Indian journal of veterinary science and animal husbandry - Volume 10,
Year: 1940
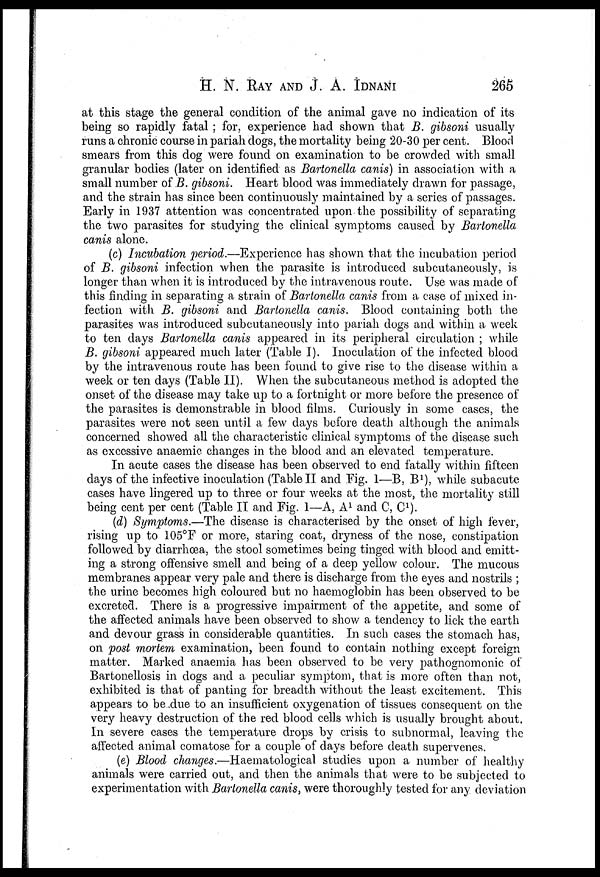
H. N. RAY AND J. A. IDNANI 265
at this stage the general condition of the animal gave no indication of its
being so rapidly fatal ; for, experience had shown that B. gibsoni usually
runs a chronic course in pariah dogs, the mortality being 20-30 per cent. Blood
smears from this dog were found on examination to be crowded with small
granular bodies (later on identified as Bartonella canis) in association with a
small number of B. gibsoni. Heart blood was immediately drawn for passage,
and the strain has since been continuously maintained by a series of passages.
Early in 1937 attention was concentrated upon the possibility of separating
the two parasites for studying the clinical symptoms caused by Bartonella
canis alone.
(c) Incubation period.—Experience has shown that the incubation period
of B. gibsoni infection when the parasite is introduced subcutaneously, is
longer than when it is introduced by the intravenous route. Use was made of
this finding in separating a strain of Bartonella canis from a case of mixed in-
fection with B. gibsoni and Bartonella canis. Blood containing both the
parasites was introduced subcutaneously into pariah dogs and within a week
to ten days Bartonella canis appeared in its peripheral circulation ; while
B. gibsoni appeared much later (Table I). Inoculation of the infected blood
by the intravenous route has been found to give rise to the disease within a
week or ten days (Table II). When the subcutaneous method is adopted the
onset of the disease may take up to a fortnight or more before the presence of
the parasites is demonstrable in blood films. Curiously in some cases, the
parasites were not seen until a few days before death although the animals
concerned showed all the characteristic clinical symptoms of the disease such
as excessive anaemic changes in the blood and an elevated temperature.
In acute cases the disease has been observed to end fatally within fifteen
days of the infective inoculation (Table II and Fig. 1—B, B 1 ), while subacute
cases have lingered up to three or four weeks at the most, the mortality still
being cent per cent (Table II and Fig. 1—A, A 1 and C, C 1 ).
(d) Symptoms.—The disease is characterised by the onset of high fever,
rising up to 105°F or more, staring coat, dryness of the nose, constipation
followed by diarrhœa, the stool sometimes being tinged with blood and emitt-
ing a strong offensive smell and being of a deep yellow colour. The mucous
membranes appear very pale and there is discharge from the eyes and nostrils ;
the urine becomes high coloured but no haemoglobin has been observed to be
excreted. There is a progressive impairment of the appetite, and some of
the affected animals have been observed to show a tendency to lick the earth
and devour grass in considerable quantities. In such cases the stomach has,
on post mortem examination, been found to contain nothing except foreign
matter. Marked anaemia has been observed to be very pathognomonic of
Bartonellosis in dogs and a peculiar symptom, that is more often than not,
exhibited is that of panting for breadth without the least excitement. This
appears to be due to an insufficient oxygenation of tissues consequent on the
very heavy destruction of the red blood cells which is usually brought about.
In severe cases the temperature drops by crisis to subnormal, leaving the
affected animal comatose for a couple of days before death supervenes.
(e) Blood changes.—Haematological studies upon a number of healthy
animals were carried out, and then the animals that were to be subjected to
experimentation with Bartonella canis, were thoroughly tested for any deviation